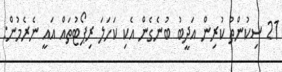
21 ސިކުންތު ކުރިން އަދީބު ބުނެގެން އެކި ކަހަލަ ރިޕޯޓުތައް އައީ ނެރެމުން: